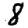
Digit: 8